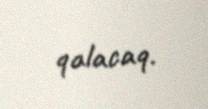
qalacaq.